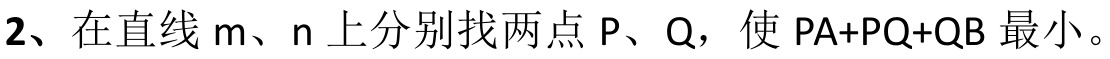
2、在直线\(m\)、\(n\)上分别找两点\(P\)、\(Q\)，使 \(PA + PQ+QB\) 最小。